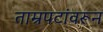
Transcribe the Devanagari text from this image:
ताम्रपटांवरून